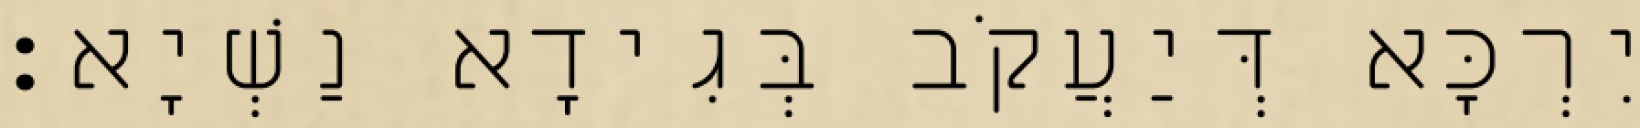
יִרְכָּא דְּיַעֲקֹב בְּגִידָא נַשְׁיָא׃